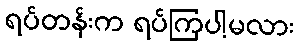
ရပ်တန်းက ရပ်ကြပါ့မလား